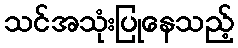
သင်အသုံးပြုနေသည့်